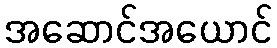
အဆောင်အယောင်